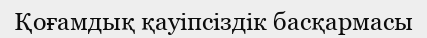
Қоғамдық қауіпсіздік басқармасы